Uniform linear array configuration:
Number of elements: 12
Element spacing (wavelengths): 0.25
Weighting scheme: hamming
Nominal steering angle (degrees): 30
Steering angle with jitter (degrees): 28.688
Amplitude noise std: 0.05
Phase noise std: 0.05

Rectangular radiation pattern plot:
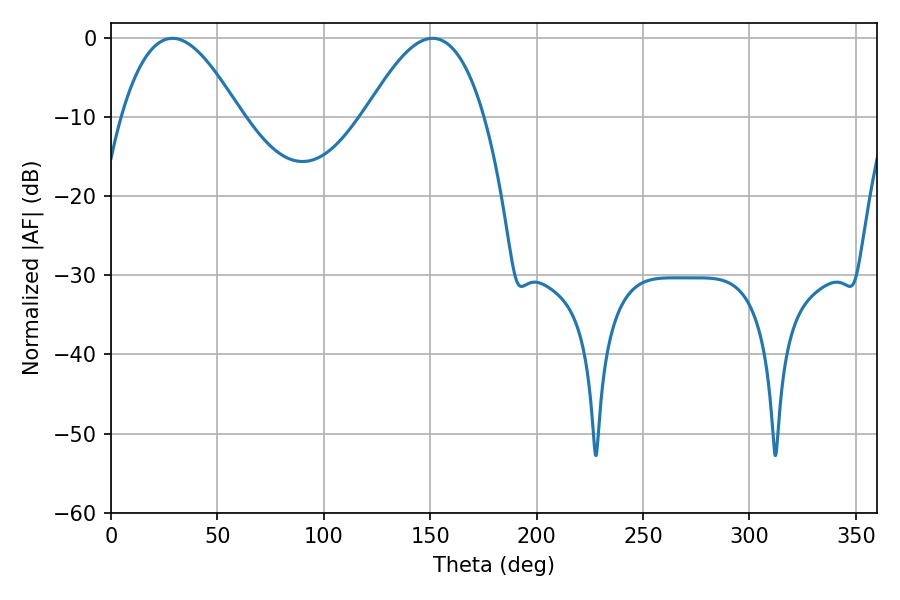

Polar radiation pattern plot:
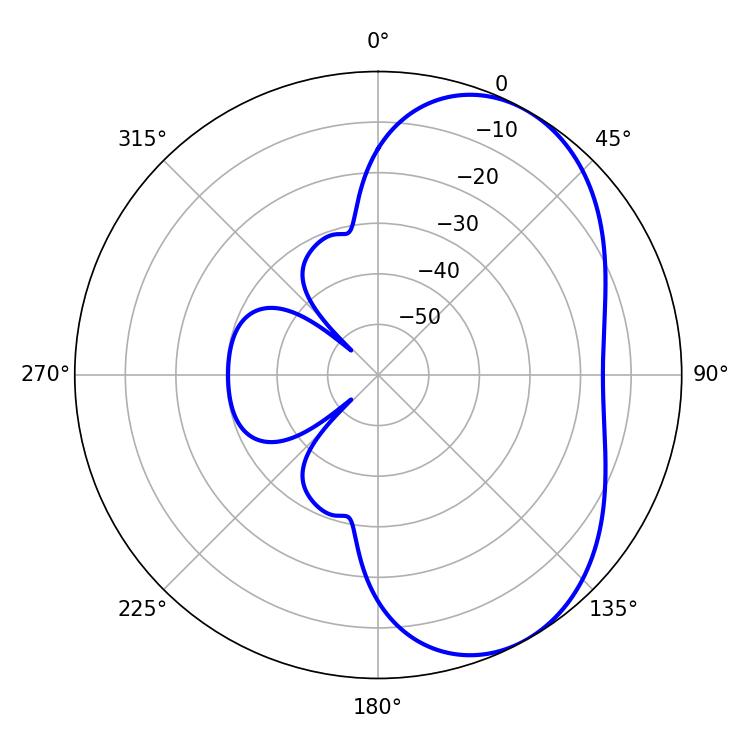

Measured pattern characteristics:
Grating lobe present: FALSE
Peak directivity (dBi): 5.139
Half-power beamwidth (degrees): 30.42
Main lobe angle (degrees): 28.8